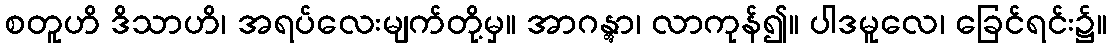
စတူဟိ ဒိသာဟိ၊ အရပ်လေးမျက်တို့မှ။ အာဂန္တွာ၊ လာကုန်၍။ ပါဒမူလေ၊ ခြေင်ရင်း၌။